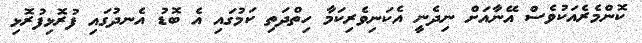
ކޮންމެރެއަކުވެސް އޭނާއަށް ނިދެނީ އެކަނިވެރިކަމާ ހިތްދަތި ކަމުގައި އެ ބޮޑު އެނދުގައި ފުރޮޅިފުރޮޅި